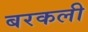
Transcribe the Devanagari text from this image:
बरकली